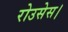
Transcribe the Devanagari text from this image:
रोउसेस।